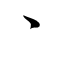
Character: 丶